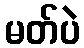
မတ်ပဲ